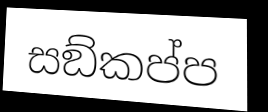
සඞ්කප්ප